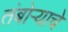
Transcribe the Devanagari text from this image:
तंबोऱ्याचे